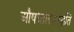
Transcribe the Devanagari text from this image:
औषधालयपद्धति